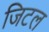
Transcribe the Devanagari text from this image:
जिटल